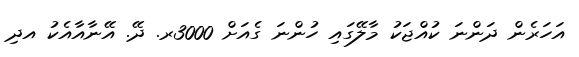
އަހަރެން ދަންނަ ކުއްޖަކު މާލޭގައި ހުންނަ ގެއަށް 3000ރ. ދޭ. އޭނާއާއެކު އދި